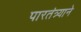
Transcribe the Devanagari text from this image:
पारतंत्र्याने